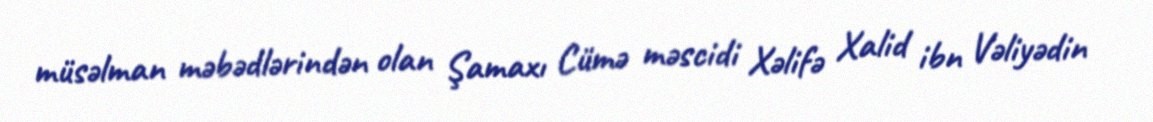
müsəlman məbədlərindən olan Şamaxı Cümə məscidi Xəlifə Xalid ibn Vəliyədin